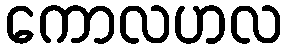
ကောလဟလ